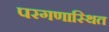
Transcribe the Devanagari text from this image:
परगणास्थित